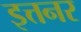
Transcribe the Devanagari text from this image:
इत्तनर